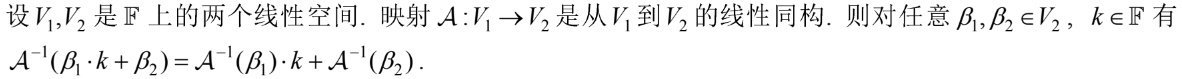
设$V_1,V_2$是$\mathbb{F}$上的两个线性空间. 映射$\mathcal{A}:V_1\rightarrow V_2$是从$V_1$到$V_2$的线性同构. 则对任意$\beta_1,\beta_2\in V_2$, $k\in\mathbb{F}$有
$\mathcal{A}^{-1}(\beta_1\cdot k+\beta_2)=\mathcal{A}^{-1}(\beta_1)\cdot k+\mathcal{A}^{-1}(\beta_2).$